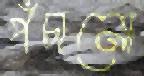
পঁচানো